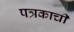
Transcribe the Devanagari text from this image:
पत्रकाची